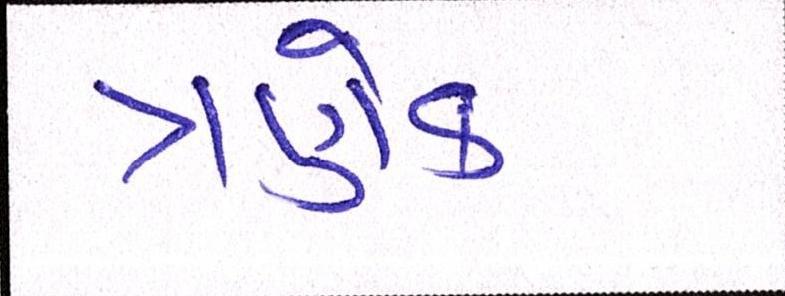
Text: ત્રણેક